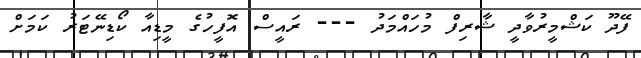
ފޭދޫ ކަޝްމީރުވާދީ ޝާރިފް މުހައްމަދު --- ރައީސް އޮފީހުގެ މީޑިއާ ކޯޑިނޭޓަރު ކަމަށް